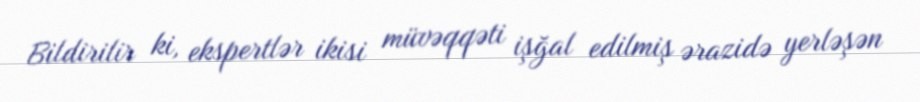
Bildirilir ki, ekspertlər ikisi müvəqqəti işğal edilmiş ərazidə yerləşən